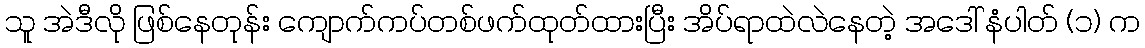
သူ အဲဒီလို ဖြစ်နေတုန်း ကျောက်ကပ်တစ်ဖက်ထုတ်ထားပြီး အိပ်ရာထဲလဲနေတဲ့ အဒေါ် နံပါတ် (၁) က